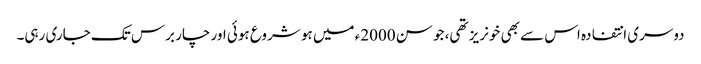
دوسری انتفادہ اس سے بھی خونریز تھی، جو سن 2000ء میں ہو شروع ہوئی اور چار برس تک جاری رہی۔